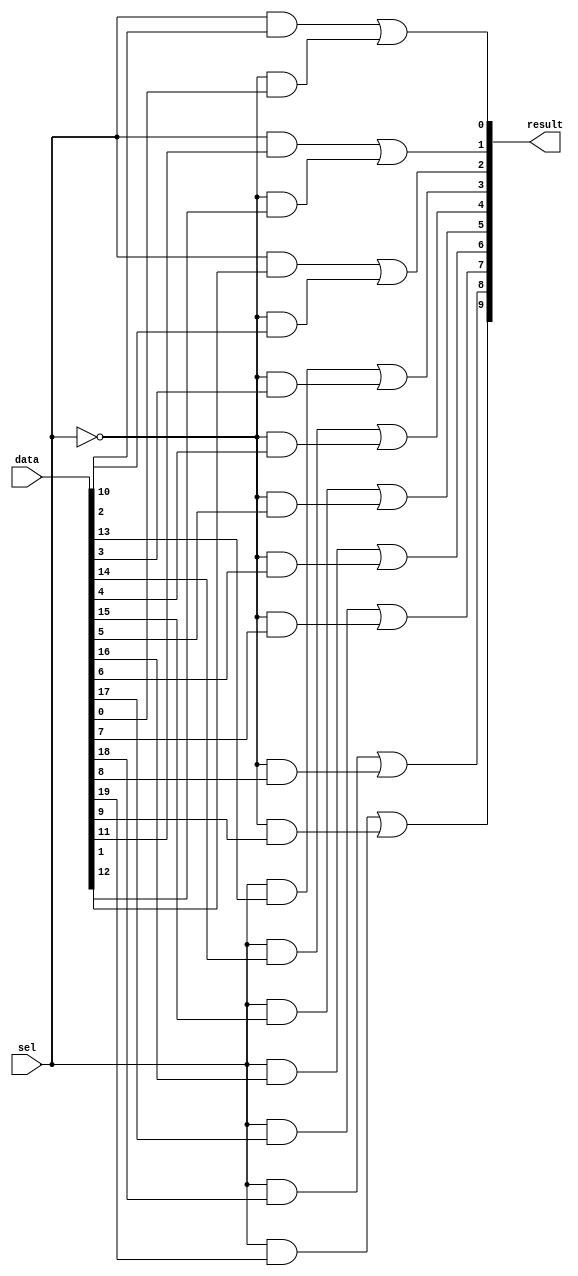
//lpm_mux CASCADE_CHAIN="MANUAL" DEVICE_FAMILY="Cyclone II" IGNORE_CASCADE_BUFFERS="OFF" LPM_SIZE=2 LPM_WIDTH=10 LPM_WIDTHS=1 data result sel
//VERSION_BEGIN 9.0 cbx_lpm_mux 2008:05:19:10:30:36:SJ cbx_mgl 2009:01:29:16:12:07:SJ  VERSION_END
//CBXI_INSTANCE_NAME="main_lpm_mux0_inst5_lpm_mux_lpm_mux_component"
// synthesis VERILOG_INPUT_VERSION VERILOG_2001
// altera message_off 10463



// Copyright (C) 1991-2009 Altera Corporation
//  Your use of Altera Corporation's design tools, logic functions 
//  and other software and tools, and its AMPP partner logic 
//  functions, and any output files from any of the foregoing 
//  (including device programming or simulation files), and any 
//  associated documentation or information are expressly subject 
//  to the terms and conditions of the Altera Program License 
//  Subscription Agreement, Altera MegaCore Function License 
//  Agreement, or other applicable license agreement, including, 
//  without limitation, that your use is for the sole purpose of 
//  programming logic devices manufactured by Altera and sold by 
//  Altera or its authorized distributors.  Please refer to the 
//  applicable agreement for further details.



//synthesis_resources = lut 10 
//synopsys translate_off
`timescale 1 ps / 1 ps
//synopsys translate_on
module  lpm_mux0_mux
	( 
	data,
	result,
	sel) /* synthesis synthesis_clearbox=1 */;
	input   [19:0]  data;
	output   [9:0]  result;
	input   [0:0]  sel;
`ifndef ALTERA_RESERVED_QIS
// synopsys translate_off
`endif
	tri0   [19:0]  data;
	tri0   [0:0]  sel;
`ifndef ALTERA_RESERVED_QIS
// synopsys translate_on
`endif

	wire  [9:0]  result_node;
	wire  [0:0]  sel_node;
	wire  [1:0]  w_data102w;
	wire  [1:0]  w_data114w;
	wire  [1:0]  w_data18w;
	wire  [1:0]  w_data30w;
	wire  [1:0]  w_data42w;
	wire  [1:0]  w_data4w;
	wire  [1:0]  w_data54w;
	wire  [1:0]  w_data66w;
	wire  [1:0]  w_data78w;
	wire  [1:0]  w_data90w;

	assign
		result = result_node,
		result_node = {((sel_node & w_data114w[1]) | ((~ sel_node) & w_data114w[0])), ((sel_node & w_data102w[1]) | ((~ sel_node) & w_data102w[0])), ((sel_node & w_data90w[1]) | ((~ sel_node) & w_data90w[0])), ((sel_node & w_data78w[1]) | ((~ sel_node) & w_data78w[0])), ((sel_node & w_data66w[1]) | ((~ sel_node) & w_data66w[0])), ((sel_node & w_data54w[1]) | ((~ sel_node) & w_data54w[0])), ((sel_node & w_data42w[1]) | ((~ sel_node) & w_data42w[0])), ((sel_node & w_data30w[1]) | ((~ sel_node) & w_data30w[0])), ((sel_node & w_data18w[1]) | ((~ sel_node) & w_data18w[0])), ((sel_node & w_data4w[1]) | ((~ sel_node) & w_data4w[0]))},
		sel_node = {sel[0]},
		w_data102w = {data[18], data[8]},
		w_data114w = {data[19], data[9]},
		w_data18w = {data[11], data[1]},
		w_data30w = {data[12], data[2]},
		w_data42w = {data[13], data[3]},
		w_data4w = {data[10], data[0]},
		w_data54w = {data[14], data[4]},
		w_data66w = {data[15], data[5]},
		w_data78w = {data[16], data[6]},
		w_data90w = {data[17], data[7]};
endmodule //lpm_mux0_mux
//VALID FILE